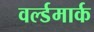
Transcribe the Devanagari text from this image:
वर्ल्डमार्क